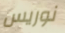
نوريس